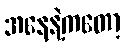
အနေနဲ့ကတော့